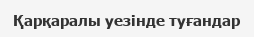
Қарқаралы уезінде туғандар